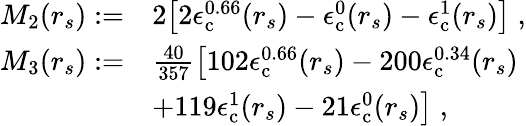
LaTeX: \begin{array}{rl}{M_{2}(r_{s}):=}&{2\big[2\epsilon_{\mathrm{c}}^{0.66}(r_{s})-\epsilon_{\mathrm{c}}^{0}(r_{s})-\epsilon_{\mathrm{c}}^{1}(r_{s})\big]\; ,}\\ {M_{3}(r_{s}):=}&{\frac{40}{357}\big[102\epsilon_{\mathrm{c}}^{0.66}(r_{s})-200\epsilon_{\mathrm{c}}^{0.34}(r_{s})}\\ &{+119\epsilon_{\mathrm{c}}^{1}(r_{s})-21\epsilon_{\mathrm{c}}^{0}(r_{s})\big]\; ,}\end{array}